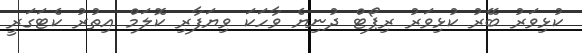
ކުޅިވަރު ބޭރު ކުޅިވަރު ރިޕޯޓް ދުނިޔެ ވާހަކަ ވިޔަފާރި ކޮލަމް އިތުރު ކެޓަގަރީ